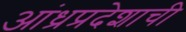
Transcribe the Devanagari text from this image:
आंध्रप्रदेशाची